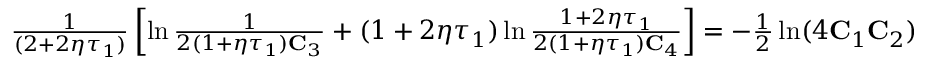
\begin{array} { r } { \frac { 1 } { ( 2 + 2 \eta \tau _ { 1 } ) } \left[ \ln \frac { 1 } { 2 ( 1 + \eta \tau _ { 1 } ) \mathbf { C } _ { 3 } } + ( 1 + 2 \eta \tau _ { 1 } ) \ln \frac { 1 + 2 \eta \tau _ { 1 } } { 2 ( 1 + \eta \tau _ { 1 } ) \mathbf { C } _ { 4 } } \right] = - \frac { 1 } { 2 } \ln ( 4 \mathbf { C } _ { 1 } \mathbf { C } _ { 2 } ) } \end{array}